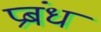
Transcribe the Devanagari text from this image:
प्रबंध